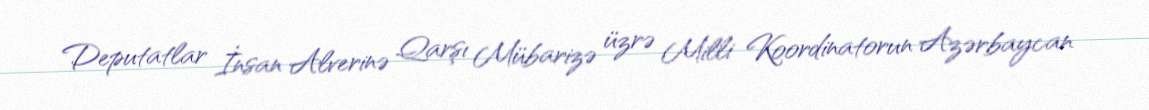
Deputatlar İnsan Alverinə Qarşı Mübarizə üzrə Milli Koordinatorun Azərbaycan